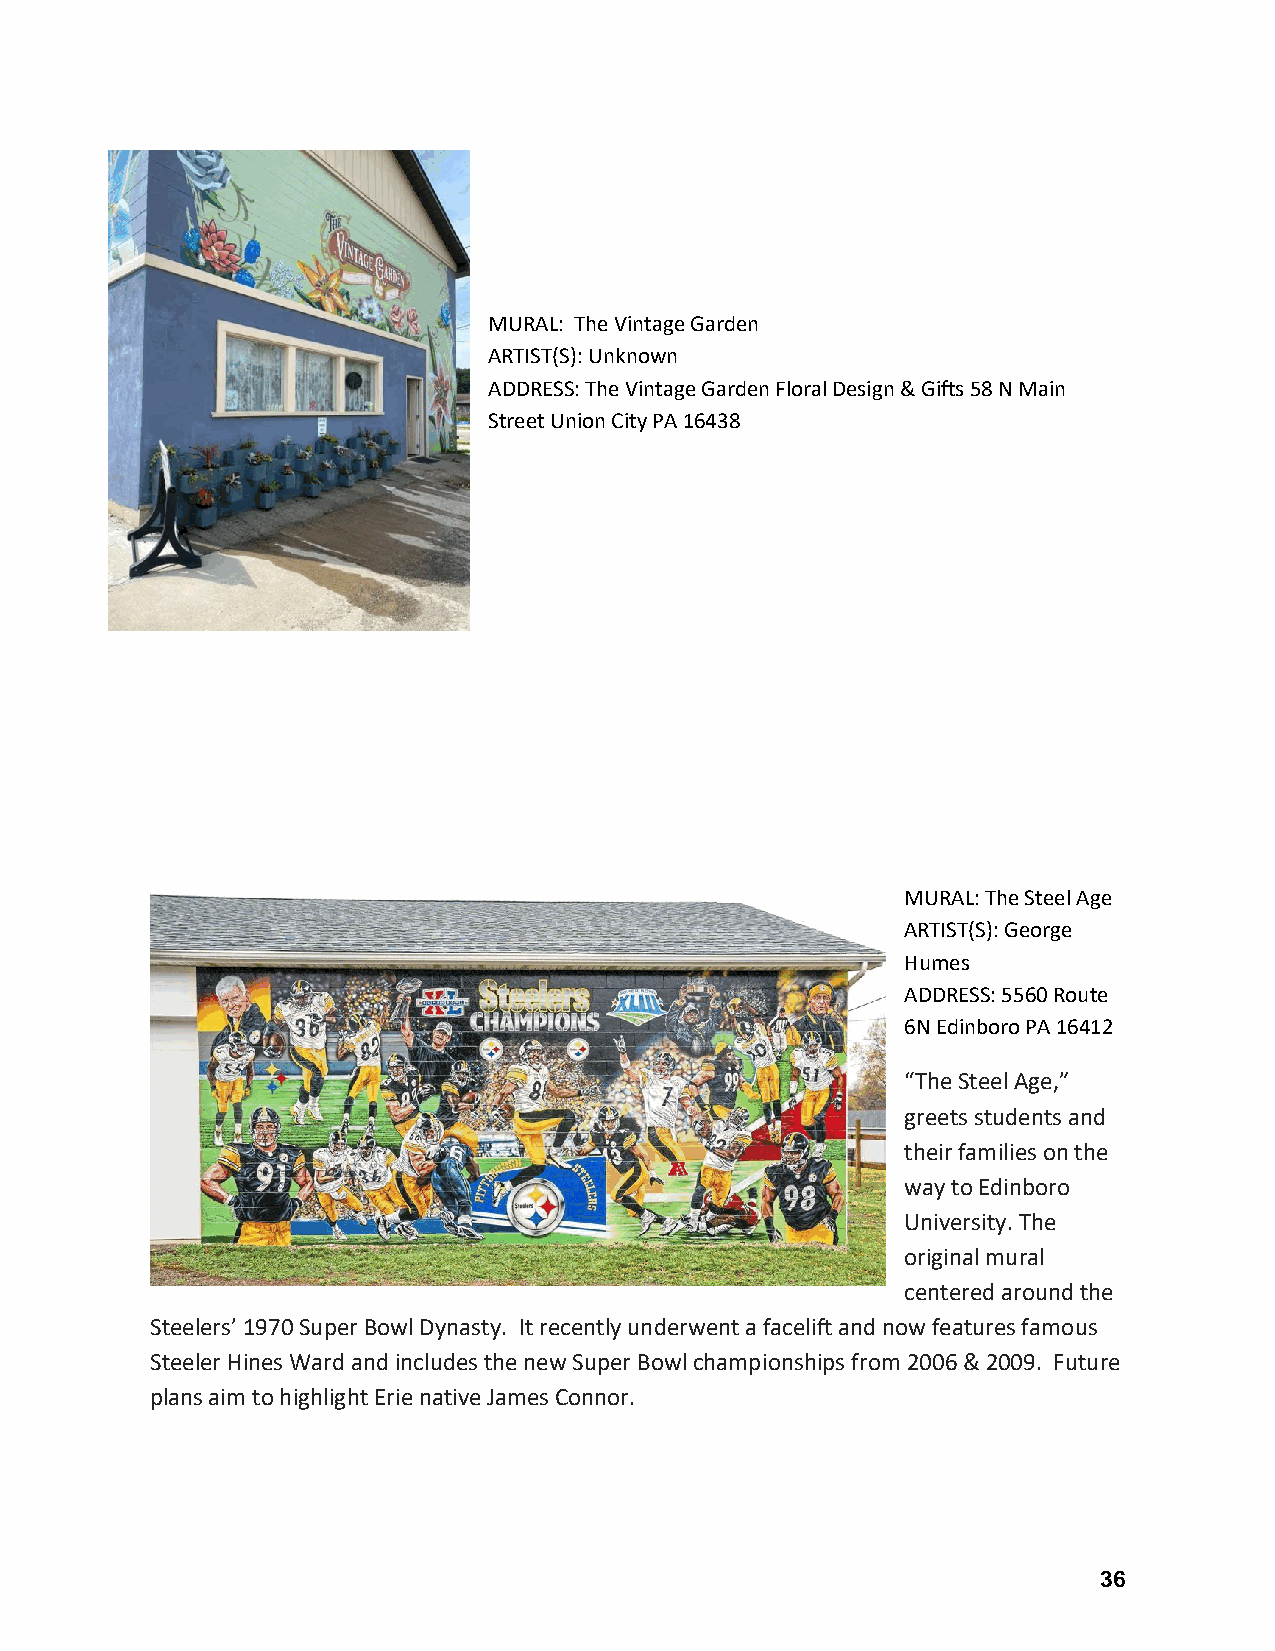
MURAL: The Vintage Garden
 ARTIST(S): Unknown
 ADDRESS: The Vintage Garden Floral Design & Gifts 58 N Main
 Street Union City PA 16438
 MURAL: The Steel Age
 ARTIST(S): George
 Humes
 ADDRESS: 5560 Route
 6N Edinboro PA 16412
 “The Steel Age,”
 greets students and
 their families on the
 way to Edinboro
 University. The
 original mural
 centered around the
 Steelers’ 1970 Super Bowl Dynasty. It recently underwent a facelift and now features famous
 Steeler Hines Ward and includes the new Super Bowl championships from 2006 & 2009. Future
 plans aim to highlight Erie native James Connor.
 36